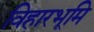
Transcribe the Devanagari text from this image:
विहारभूमि